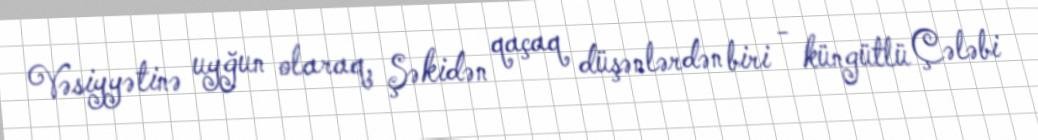
Vəsiyyətinə uyğun olaraq, Şəkidən qaçaq düşənlərdən biri - küngütlü Çələbi